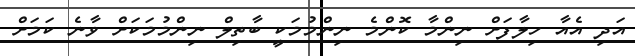
އަދި އެއާ ހިލާފަށް ނިންމާ ކޮންމެ ނިންމުމަކީ ބާތިލް ނިންމުމަކަށް ވާނެ ކަމަށް